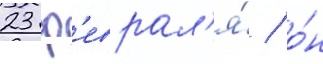
23 ф'еврал'я́ / о́н